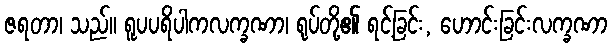
ဇရတာ၊ သည်။ ရူပပရိပါကလက္ခဏာ၊ ရုပ်တို့၏ ရင့်ခြင်း, ဟောင်းခြင်းလက္ခဏာ